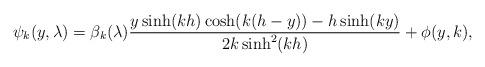
LaTeX: \begin{align*} \psi_k(y, \lambda)=\beta_k(\lambda) \frac{ y\sinh(kh) \cosh(k(h-y)) - h \sinh(ky) }{2k\sinh^2( k h)} + \phi(y, k),\end{align*}